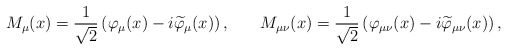
\begin{align*}M_\mu (x)=\frac 1{\sqrt{2}}\left( \varphi_\mu(x)-i\widetilde{\varphi}_\mu (x)\right) , \hspace{0.3in}M_{\mu \nu}(x)=\frac 1{\sqrt{2}}\left( \varphi _{\mu \nu }(x)-i\widetilde{\varphi}_{\mu \nu }(x)\right) ,\end{align*}